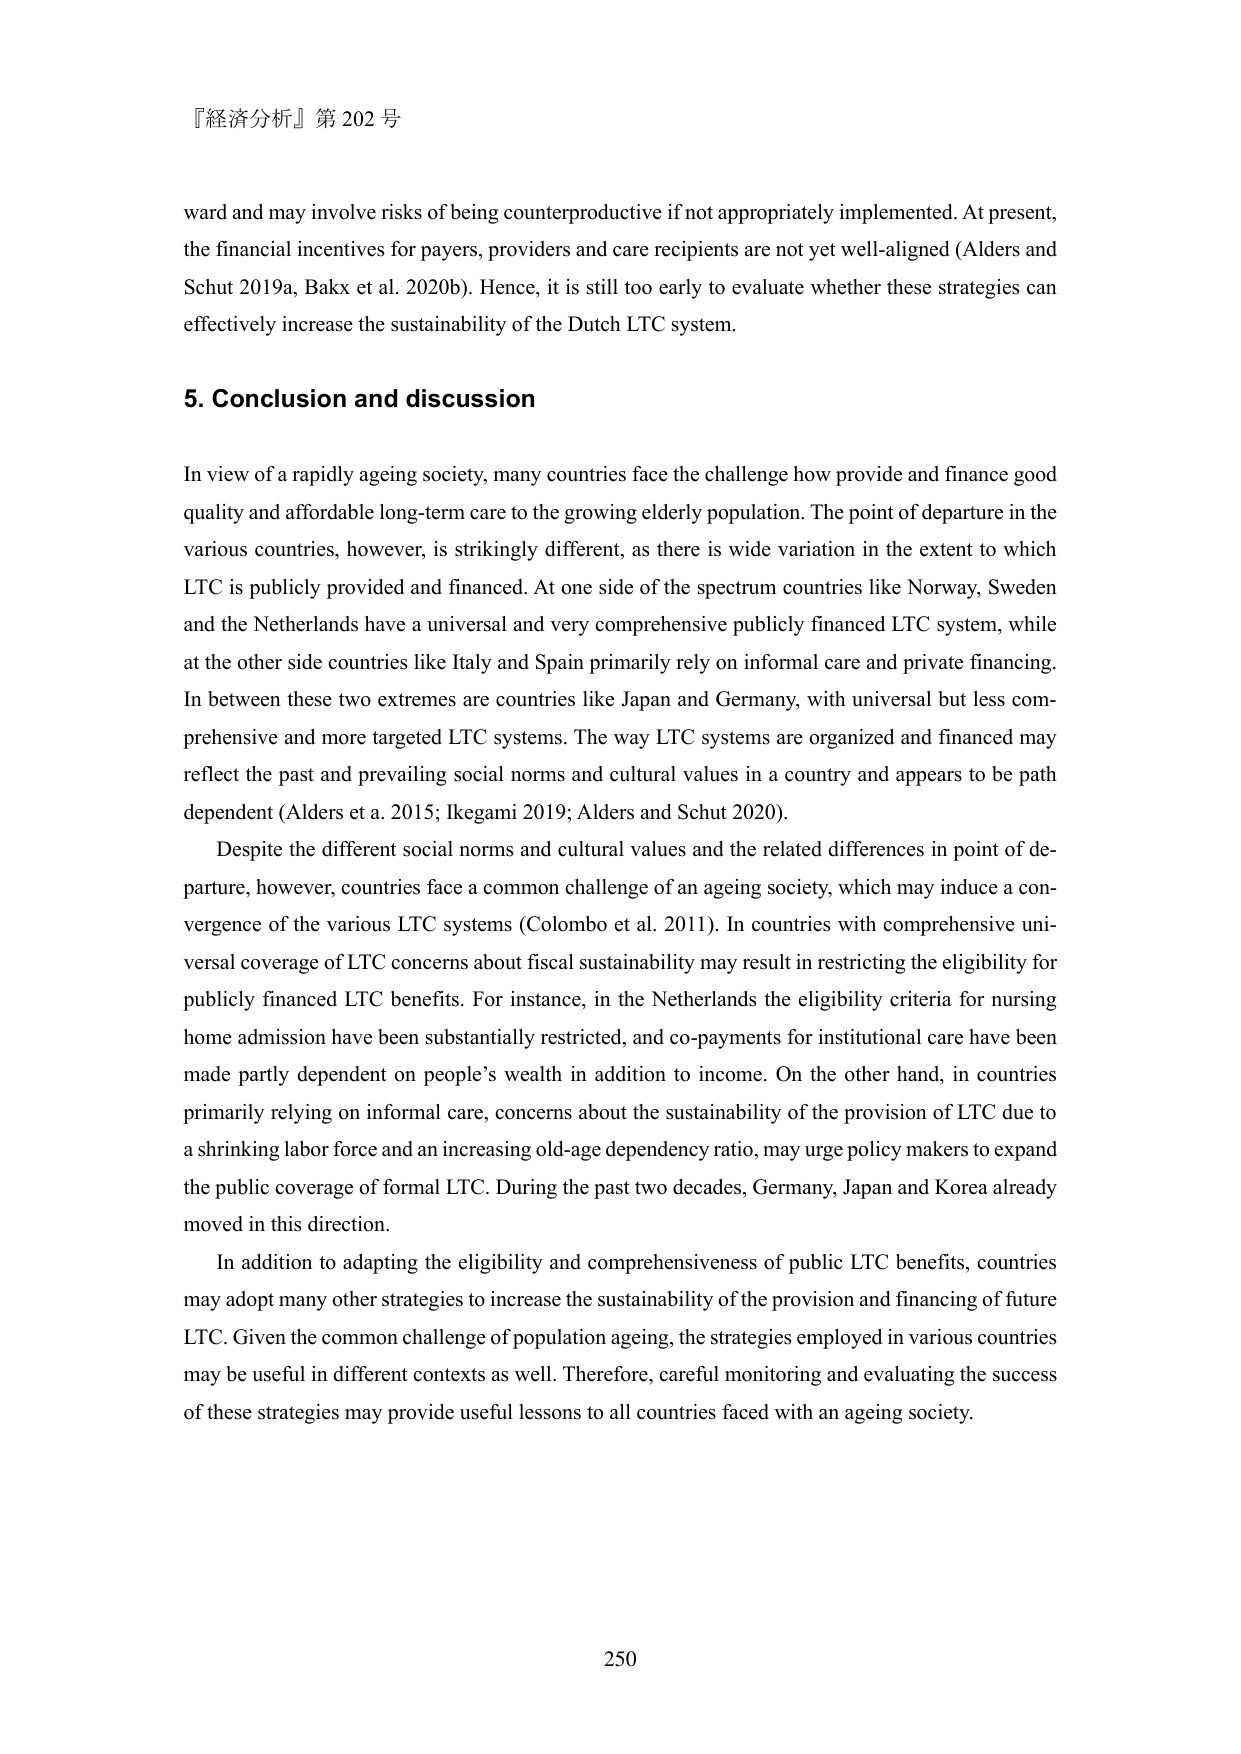
『経済分析』第 202 号

ward and may involve risks of being counterproductive if not appropriately implemented. At present, the financial incentives for payers, providers and care recipients are not yet well-aligned (Alders and Schut 2019a, Baxx et al. 2020b). Hence, it is still too early to evaluate whether these strategies can effectively increase the sustainability of the Dutch LTC system.

5. Conclusion and discussion

In view of a rapidly ageing society, many countries face the challenge how provide and finance good quality and affordable long-term care to the growing elderly population. The point of departure in the various countries, however, is strikingly different, as there is wide variation in the extent to which LTC is publicly provided and financed. At one side of the spectrum countries like Norway, Sweden and the Netherlands have a universal and very comprehensive publicly financed LTC system, while at the other side countries like Italy and Spain primarily rely on informal care and private financing. In between these two extremes are countries like Japan and Germany, with universal but less comprehensive and more targeted LTC systems. The way LTC systems are organized and financed may reflect the past and prevailing social norms and cultural values in a country and appears to be path dependent (Alders et a. 2015; Ikegami 2019; Alders and Schut 2020).

Despite the different social norms and cultural values and the related differences in point of departure, however, countries face a common challenge of an ageing society, which may induce a convergence of the various LTC systems (Colombo et al. 2011). In countries with comprehensive universal coverage of LTC concerns about fiscal sustainability may result in restricting the eligibility for publicly financed LTC benefits. For instance, in the Netherlands the eligibility criteria for nursing home admission have been substantially restricted, and co-payments for institutional care have been made partly dependent on people’s wealth in addition to income. On the other hand, in countries primarily relying on informal care, concerns about the sustainability of the provision of LTC due to a shrinking labor force and an increasing old-age dependency ratio, may urge policy makers to expand the public coverage of formal LTC. During the past two decades, Germany, Japan and Korea already moved in this direction.

In addition to adapting the eligibility and comprehensiveness of public LTC benefits, countries may adopt many other strategies to increase the sustainability of the provision and financing of future LTC. Given the common challenge of population ageing, the strategies employed in various countries may be useful in different contexts as well. Therefore, careful monitoring and evaluating the success of these strategies may provide useful lessons to all countries faced with an ageing society.

250